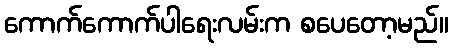
ကောက်ကောက်ပါရေးလမ်းက စပေတော့မည်။